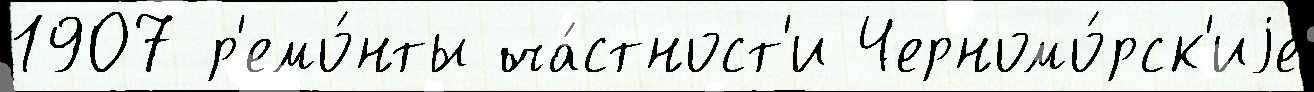
1907 р'емо́нты ча́стност'и Черномо́рск'иjе